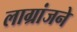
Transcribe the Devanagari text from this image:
लाग्रांजने